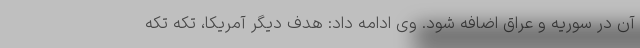
آن در سوریه و عراق اضافه شود. وی ادامه داد: هدف دیگر آمریکا، تکه تکه